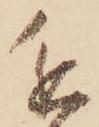
進